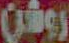
روشن